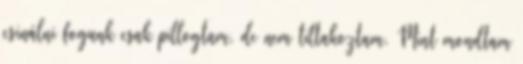
csinálni fogunk csak pillogtam, de nem tiltakoztam. Mint mondtam